Language: tamil
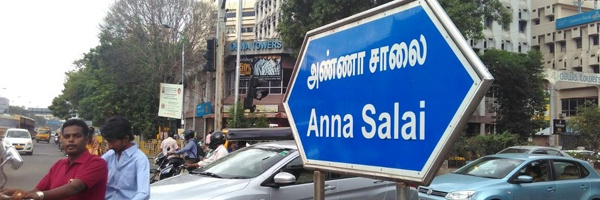
Transcription: அண்ணா சாலை